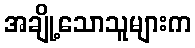
အချို့သောသူများက